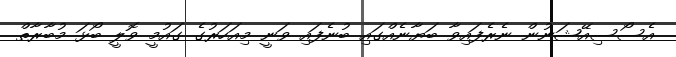
އެސޯސިއޭޝަނުން ނެރެފައިވާ ބަޔާނެއްގައި ބުނެފައި ވަނީ މިއަހަރުގެ ގައުމީ ވޮލީ ބޯޅަ މުބާރާތް